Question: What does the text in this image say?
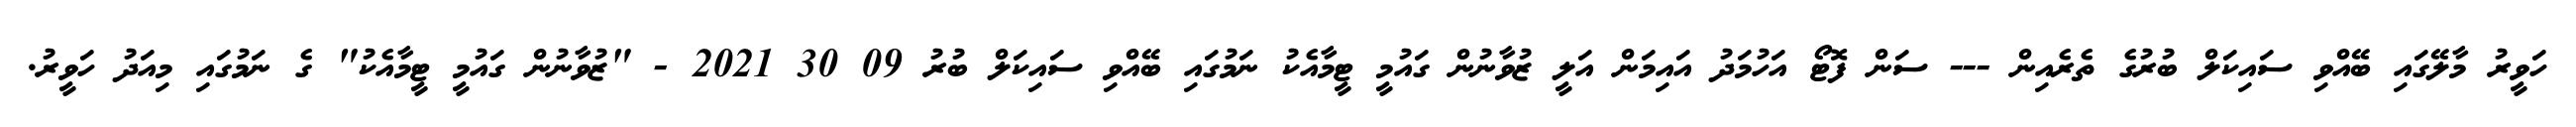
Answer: ހަވީރު މާލޭގައި ބޭއްވި ސައިކަލް ބުރުގެ ތެރެއިން --- ސަން ފޮޓޯ އަހުމަދު އައިމަން އަލީ ޒުވާނުން ގައުމީ ޓީމާއެކު ނަމުގައި ބޭއްވި ސައިކަލް ބުރު 09 30 2021 - "ޒުވާނުން ގައުމީ ޓީމާއެކު" ގެ ނަމުގައި މިއަދު ހަވީރު.